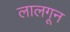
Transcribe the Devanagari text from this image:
लालगून